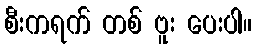
စီးကရက် တစ် ဗူး ပေးပါ။